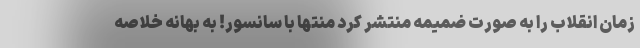
زمان انقلاب را به صورت ضمیمه منتشر کرد منتها با سانسور! به بهانه خلاصه